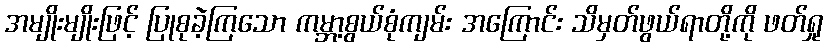
အမျိုးမျိုးဖြင့် ပြုစုခဲ့ကြသော ကမ္ဘာ့စွယ်စုံကျမ်း အကြောင်း သိမှတ်ဖွယ်ရာတို့ကို ဖတ်ရှု